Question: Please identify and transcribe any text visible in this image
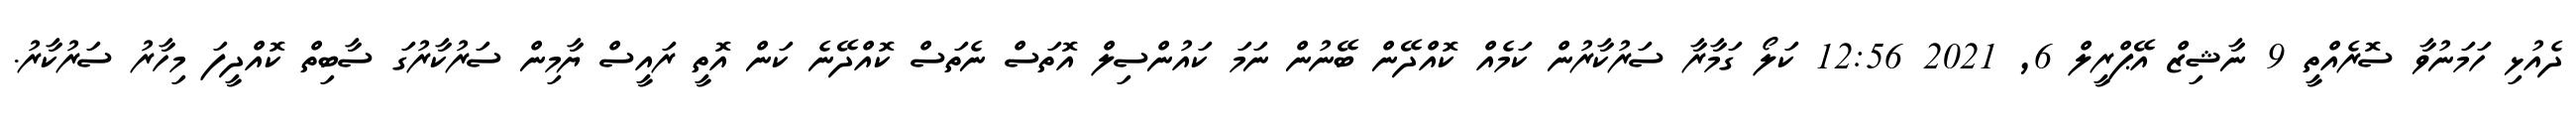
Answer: ދެއުޅި ހަމަނުވާ ސޮރެއްތީ 9 ނާޝިޒް އޭޕްރީލް 6, 2021 12:56 ކަލޯ ގަމާރާ ސަރުކާރުން ކަމެއް ކޮއްދޭން ބޭނުން ނަމަ ކައުންސިލް އޮތަސް ނެތަސް ކޮއްދޭނެ ކަން އޮތީ ރައީސް ޔާމިން ސަރުކާރުގަ ސާބިތް ކޮއްދީފަ މިހާރު ސަރުކާރު.